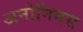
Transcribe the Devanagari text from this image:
अनोनिमस